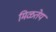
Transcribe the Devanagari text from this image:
मिळतेय